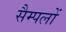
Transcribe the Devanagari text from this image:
सैम्पलों